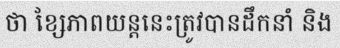
ថា ខ្សែភាពយន្តនេះត្រូវបានដឹកនាំ និង